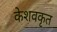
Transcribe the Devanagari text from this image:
केशवकृत